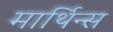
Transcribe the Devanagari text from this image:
मार्थिन्स